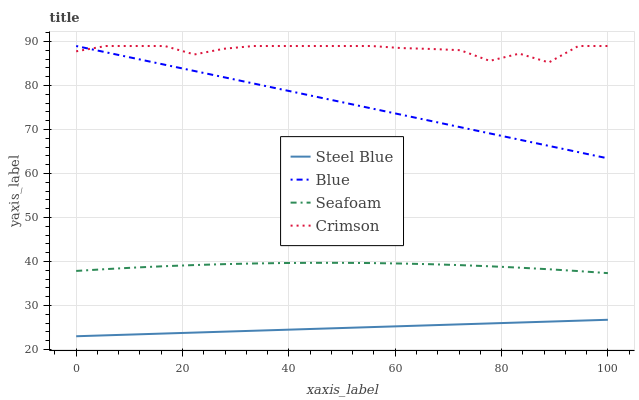
| xaxis_label | Steel Blue | Blue | Seafoam | Crimson |
 | --- | --- | --- | --- | --- |
 | 0 | 23 | 89 | 37.9 | 87.8 |
 | 5.56 | 23.2 | 87.6 | 38.3 | 89 |
 | 11.1 | 23.4 | 86.2 | 38.6 | 89 |
 | 16.7 | 23.6 | 84.7 | 38.9 | 89 |
 | 22.2 | 23.8 | 83.3 | 39.2 | 87.1 |
 | 27.8 | 24 | 81.9 | 39.4 | 88.4 |
 | 33.3 | 24.2 | 80.5 | 39.5 | 89 |
 | 38.9 | 24.5 | 79.1 | 39.6 | 89 |
 | 44.4 | 24.7 | 77.6 | 39.7 | 89 |
 | 50 | 24.9 | 76.2 | 39.7 | 89 |
 | 55.6 | 25.1 | 74.8 | 39.6 | 89 |
 | 61.1 | 25.3 | 73.4 | 39.5 | 88.5 |
 | 66.7 | 25.5 | 72 | 39.4 | 88.3 |
 | 72.2 | 25.7 | 70.5 | 39.2 | 88 |
 | 77.8 | 25.9 | 69.1 | 38.9 | 85.6 |
 | 83.3 | 26.1 | 67.7 | 38.6 | 87.3 |
 | 88.9 | 26.3 | 66.3 | 38.2 | 85.3 |
 | 94.4 | 26.5 | 64.9 | 37.8 | 89 |
 | 100 | 26.7 | 63.4 | 37.4 | 89 |